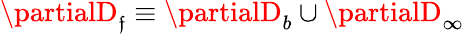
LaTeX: \partialD_{\mathfrak{f}}\equiv\partialD_{b}\cup\partialD_{\infty}